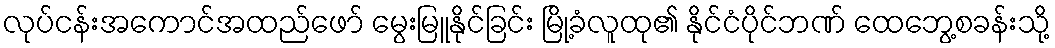
လုပ်ငန်းအကောင်အထည်ဖော် မွေးမြူနိုင်ခြင်း မြို့ခံလူထု၏ နိုင်ငံပိုင်ဘဏ် ထေဘွေ့စခန်းသို့